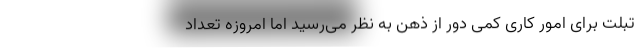
تبلت برای امور کاری کمی دور از ذهن به نظر می‌رسید اما امروزه تعداد